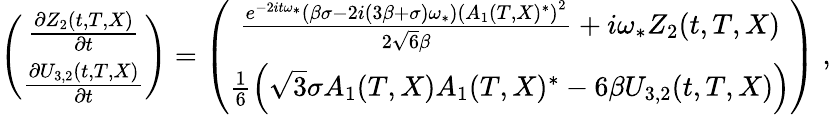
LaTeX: \begin{array}{r}{\left(\begin{array}{c}{\frac{\partial Z_{2}(t,T,X)}{\partial t}}\\ {\frac{\partial U_{3,2}(t,T,X)}{\partial t}}\end{array}\right)=\left(\begin{array}{c}{\frac{e^{-2it\omega_{*}}\left(\beta\sigma-2i(3\beta+\sigma)\omega_{*}\right)\left(A_{1}(T,X)^{*}\right)^{2}}{2\sqrt{6}\beta}+i\omega_{*}Z_{2}(t,T,X)}\\ {\frac{1}{6}\left(\sqrt{3}\sigma A_{1}(T,X)A_{1}(T,X)^{*}-6\beta U_{3,2}(t,T,X)\right)}\end{array}\right)\; ,}\end{array}